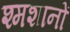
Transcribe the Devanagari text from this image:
श्मशानों